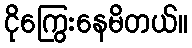
ငိုကြွေးနေမိတယ်။